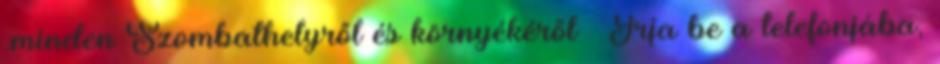
.minden Szombathelyről és környékéről Írja be a telefonjába,